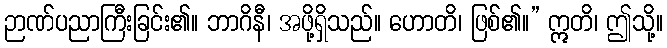
ဉာဏ်ပညာကြီးခြင်း၏။ ဘာဂိနီ၊ အဖို့ရှိသည်။ ဟောတိ၊ ဖြစ်၏။” ဣတိ၊ ဤသို့။